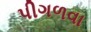
પીગળવા